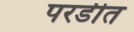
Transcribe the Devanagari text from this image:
परडीत